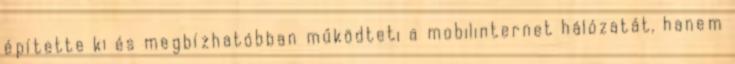
építette ki és megbízhatóbban működteti a mobilinternet hálózatát, hanem